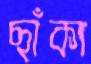
ছাঁকা